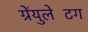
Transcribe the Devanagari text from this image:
ग्रेंयुलेटिंग